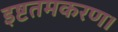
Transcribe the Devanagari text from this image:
इष्टतमकरण।